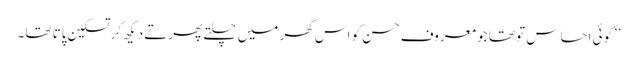
’’کوئی احساس تو تھا جو معروف حسن کو اس گھر میں چلتے پھرتے دیکھ کر تسکین پاتا تھا۔